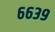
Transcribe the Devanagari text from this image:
६६३९